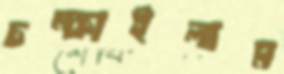
চম্‌কাইলাম